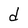
Character: d